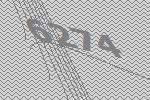
6274